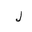
Letter: _lam